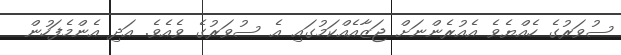
ސުވަރުގެ ހެއްޔެވެ އެއުރެންނަށް ޖަޒާއެއްކަމުގައި އެ ސުވަރުގެ ވެއެވެ. އަދި އެންމެފަހުން